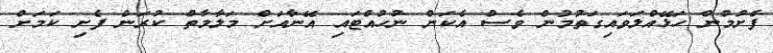
ފެށުމުން ހަޅޭއްލަވައިގަތުމުން ވެސް އެކަން ނުހުއްޓައި އޭނާއަށް މަލާމާތް ކުރަން ފެށި ކަމަށް